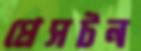
প্রেসটন